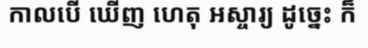
កាលបើ ឃើញ ហេតុ អស្ចារ្យ ដូច្នេះ ក៏